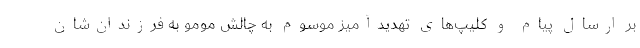
بر ارسال پیام و کلیپ‌های تهدیدآمیز موسوم به چالش مومو به فرزندان‌شان